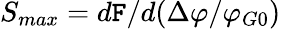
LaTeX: {S_{max}}=d\mathtt{F}\mathrm{{{/}}}d(\Delta\varphi/\varphi_{G0})